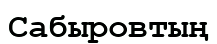
Сабыровтың